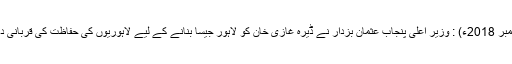
07 دسمبر 2018ء) : وزیر اعلیٰ پنجاب عثمان بزدار نے ڈیرہ غازی خان کو لاہور جیسا بنانے کے لیے لاہوریوں کی حفاظت کی قربانی دے دی۔